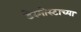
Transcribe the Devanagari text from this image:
डेस्मोस्टाच्या